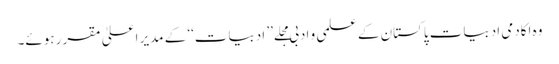
وہ اکادمی ادبیات پاکستان کے علمی و ادبی مجلے ’’ ادبیات‘‘ کے مدیر اعلیٰ مقرر ہوئے۔